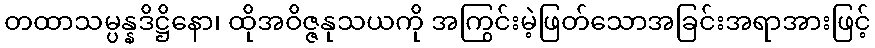
တထာသမ္ပန္နဒိဋ္ဌိနော၊ ထိုအဝိဇ္ဇနုသယကို အကြွင်းမဲ့ဖြတ်သောအခြင်းအရာအားဖြင့်